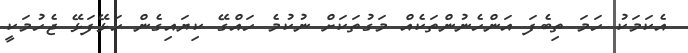
އެކަމަކު ހަމަ ތިބެފަ އަންހެނުންތަކެއް މަގުތަކަށް ނުކުމެ ހައްގޭ ކިޔައިގެން ހަޅޭފަޅޭ ޖެހުމަކީ